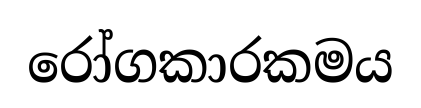
රෝගකාරකමය